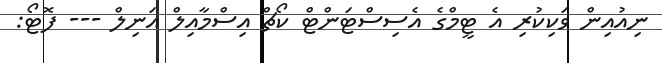
ނިއުއިން ވަކިކުރި އެ ޓީމްގެ އެސިސްޓަންޓް ކޯޗް އިސްމާއިލް އަނިލް --- ފޮޓޯ: